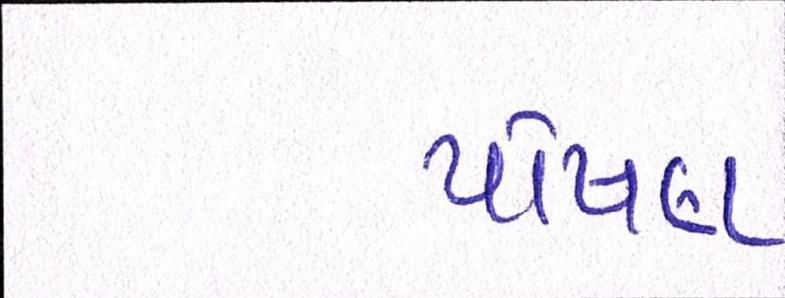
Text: પોષણ